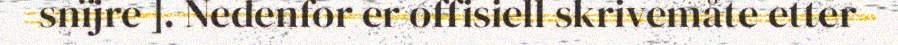
snïjre ]. Nedenfor er offisiell skrivemåte etter